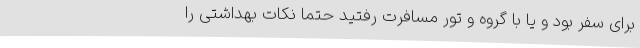
برای سفر بود و یا با گروه و تور مسافرت رفتید حتما نکات بهداشتی را